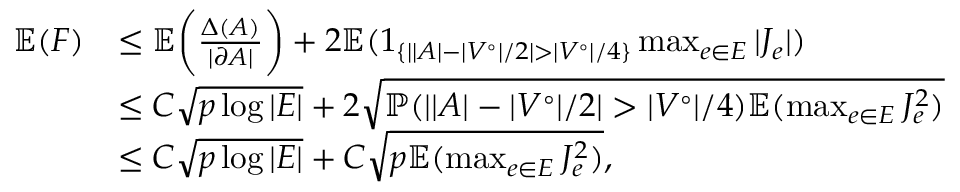
\begin{array} { r l } { \mathbb { E } ( F ) } & { \le \mathbb { E } \biggl ( \frac { \Delta ( A ) } { | \partial A | } \biggr ) + 2 \mathbb { E } ( 1 _ { \{ | | A | - | V ^ { \circ } | / 2 | > | V ^ { \circ } | / 4 \} } \operatorname* { m a x } _ { e \in E } | J _ { e } | ) } \\ & { \le C \sqrt { p \log | E | } + 2 \sqrt { \mathbb { P } ( | | A | - | V ^ { \circ } | / 2 | > | V ^ { \circ } | / 4 ) \mathbb { E } ( \operatorname* { m a x } _ { e \in E } J _ { e } ^ { 2 } ) } } \\ & { \le C \sqrt { p \log | E | } + C \sqrt { p \mathbb { E } ( \operatorname* { m a x } _ { e \in E } J _ { e } ^ { 2 } ) } , } \end{array}